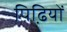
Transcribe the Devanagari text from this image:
पिढि़यों